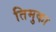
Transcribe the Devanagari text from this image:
तिमुका